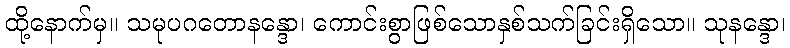
ထို့နောက်မှ။ သမုပဂတောနန္ဒော၊ ကောင်းစွာဖြစ်သောနှစ်သက်ခြင်းရှိသော။ သုနန္ဒော၊